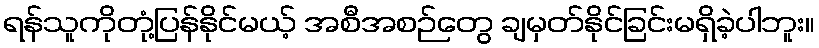
ရန်သူကိုတုံ့ပြန်နိုင်မယ့် အစီအစဉ်တွေ ချမှတ်နိုင်ခြင်းမရှိခဲ့ပါဘူး။